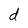
Character: d